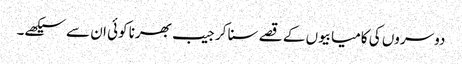
دوسروں کی کامیابیوں کے قصے سنا کر جیب بھرنا کوئی ان سے سیکھے۔